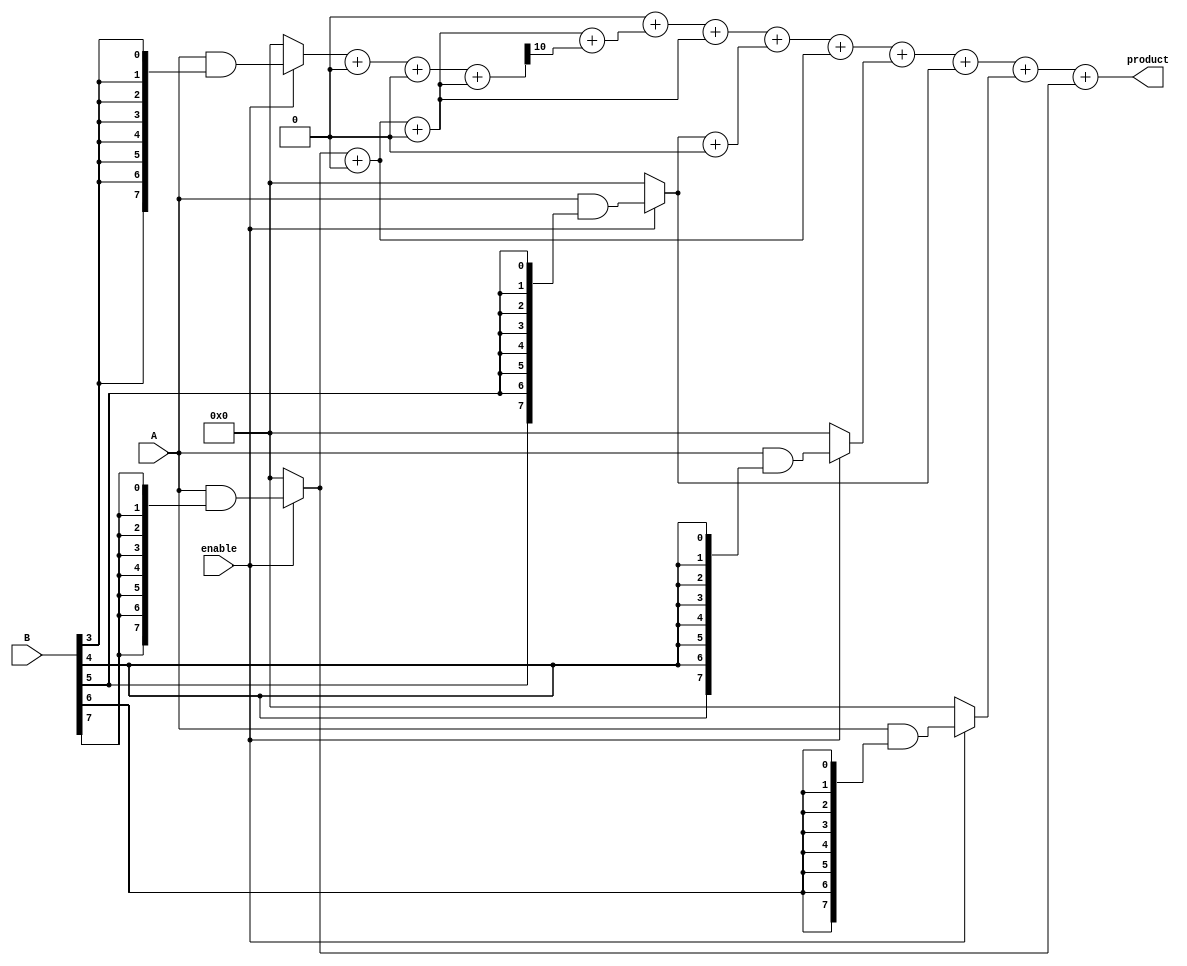
module wallace_tree_multiplier #(parameter N = 8) (
    input wire [N-1:0] A,
    input wire [N-1:0] B,
    input wire enable,
    output reg [2*N-1:0] product
);

    // Partial product generation
    reg [N-1:0] partial_products[N-1:0];
    integer i, j;

    // Generate partial products
    always @(*) begin
        if (enable) begin
            for (i = 0; i < N; i = i + 1) begin
                partial_products[i] = A & {N{B[i]}};
            end
        end else begin
            for (i = 0; i < N; i = i + 1) begin
                partial_products[i] = 0;
            end
        end
    end

    // Wallace tree reduction
    reg [N+1:0] sum [0:N-1]; // To hold intermediate sums
    reg [N-1:0] carry [0:N-1]; // To hold carries
    integer stage, row;

    always @(*) begin
        // Initialize sums and carries
        for (row = 0; row < N; row = row + 1) begin
            sum[row] = {1'b0, partial_products[row]};
            carry[row] = 0;
        end

        // Wallace tree reduction stages
        for (stage = 0; stage < $clog2(N); stage = stage + 1) begin
            for (row = 0; row < (N >> stage); row = row + 1) begin
                // Combine bits using half and full adders
                if (row % 2 == 0 && row + 1 < (N >> stage)) begin
                    {carry[row >> 1], sum[row >> 1]} = sum[row] + sum[row + 1];
                end else if (row % 2 == 1) begin
                    {carry[row >> 1], sum[row >> 1]} = sum[row] + carry[row - 1];
                end
            end
        end
    end

    // Final addition to produce the product
    always @(*) begin
        product = 0;
        for (row = 0; row < N; row = row + 1) begin
            product = product + sum[row];
        end
    end

endmodule